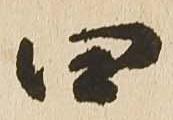
四